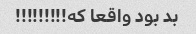
بد بود واقعا که!!!!!!!!!